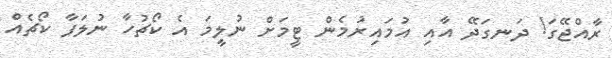
ރާއްޖޭގަ! ދަނގަދޭ އާއި އުމައިރުމެން ޓީމަށް ނުލީމަ އެ ކޯޗުހާ ނުލަފާ ކޯޗެއް